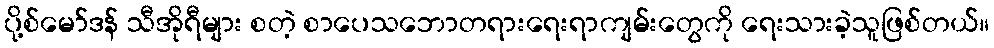
ပို့စ်မော်ဒန် သီအိုရီများ စတဲ့ စာပေသဘောတရားရေးရာကျမ်းတွေကို ရေးသားခဲ့သူဖြစ်တယ်။